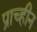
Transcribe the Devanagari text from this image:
प्राच्हीन